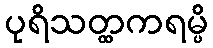
ပုရိသတ္ထကရမ္ပိ